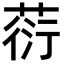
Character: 葕